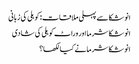
انوشکا سے پہلی ملاقات: کوہلی کی زبانی
انوشکا شرما اور وراٹ کوہلی کی شادی
انوشکا شرما نے کیا لکھا؟